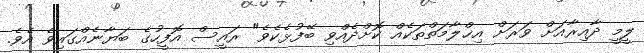
ލީމީ ދާއިރާއަށް ވަރަށް އިޚްލާމަތްތަކެއް ކޮށްދެއްވި ބޭފުޅެކެވެ" ރައީސް އޮފީހުގެ ބަޔާނެއްގައިވެ އެވެ.